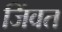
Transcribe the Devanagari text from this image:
जिंवत